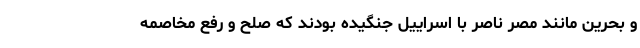
و بحرین مانند مصر ناصر با اسراییل جنگیده بودند که صلح و رفع مخاصمه